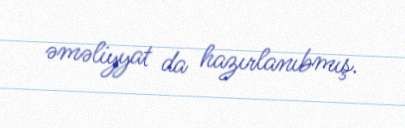
əməliyyat da hazırlanıbmış.